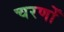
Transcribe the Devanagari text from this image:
चरणोँ